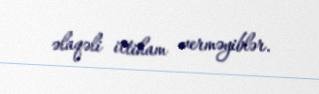
əlaqəli ittiham verməyiblər.